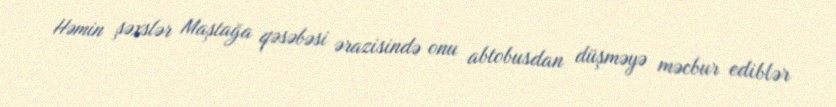
Həmin şəxslər Maştağa qəsəbəsi ərazisində onu abtobusdan düşməyə məcbur ediblər